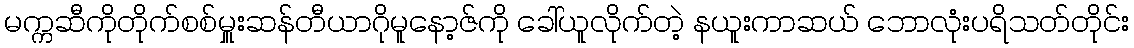
မက္ကဆီကိုတိုက်စစ်မှူးဆန်တီယာဂိုမူနော့ဇ်ကို ခေါ်ယူလိုက်တဲ့ နယူးကာဆယ် ဘောလုံးပရိသတ်တိုင်း